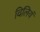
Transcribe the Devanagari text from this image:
विलियं